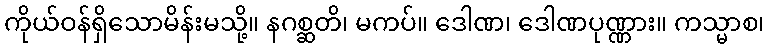
ကိုယ်ဝန်ရှိသောမိန်းမသို့။ နဂစ္ဆတိ၊ မကပ်။ ဒေါဏ၊ ဒေါဏပုဏ္ဏား။ ကသ္မာစ၊